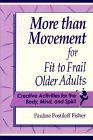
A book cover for More Than Movement for Fit to Frail Older Adults: Creative Activities for the Body, Mind, & Spirit; Pauline Postiloff Fisher; Health, Fitness & Dieting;